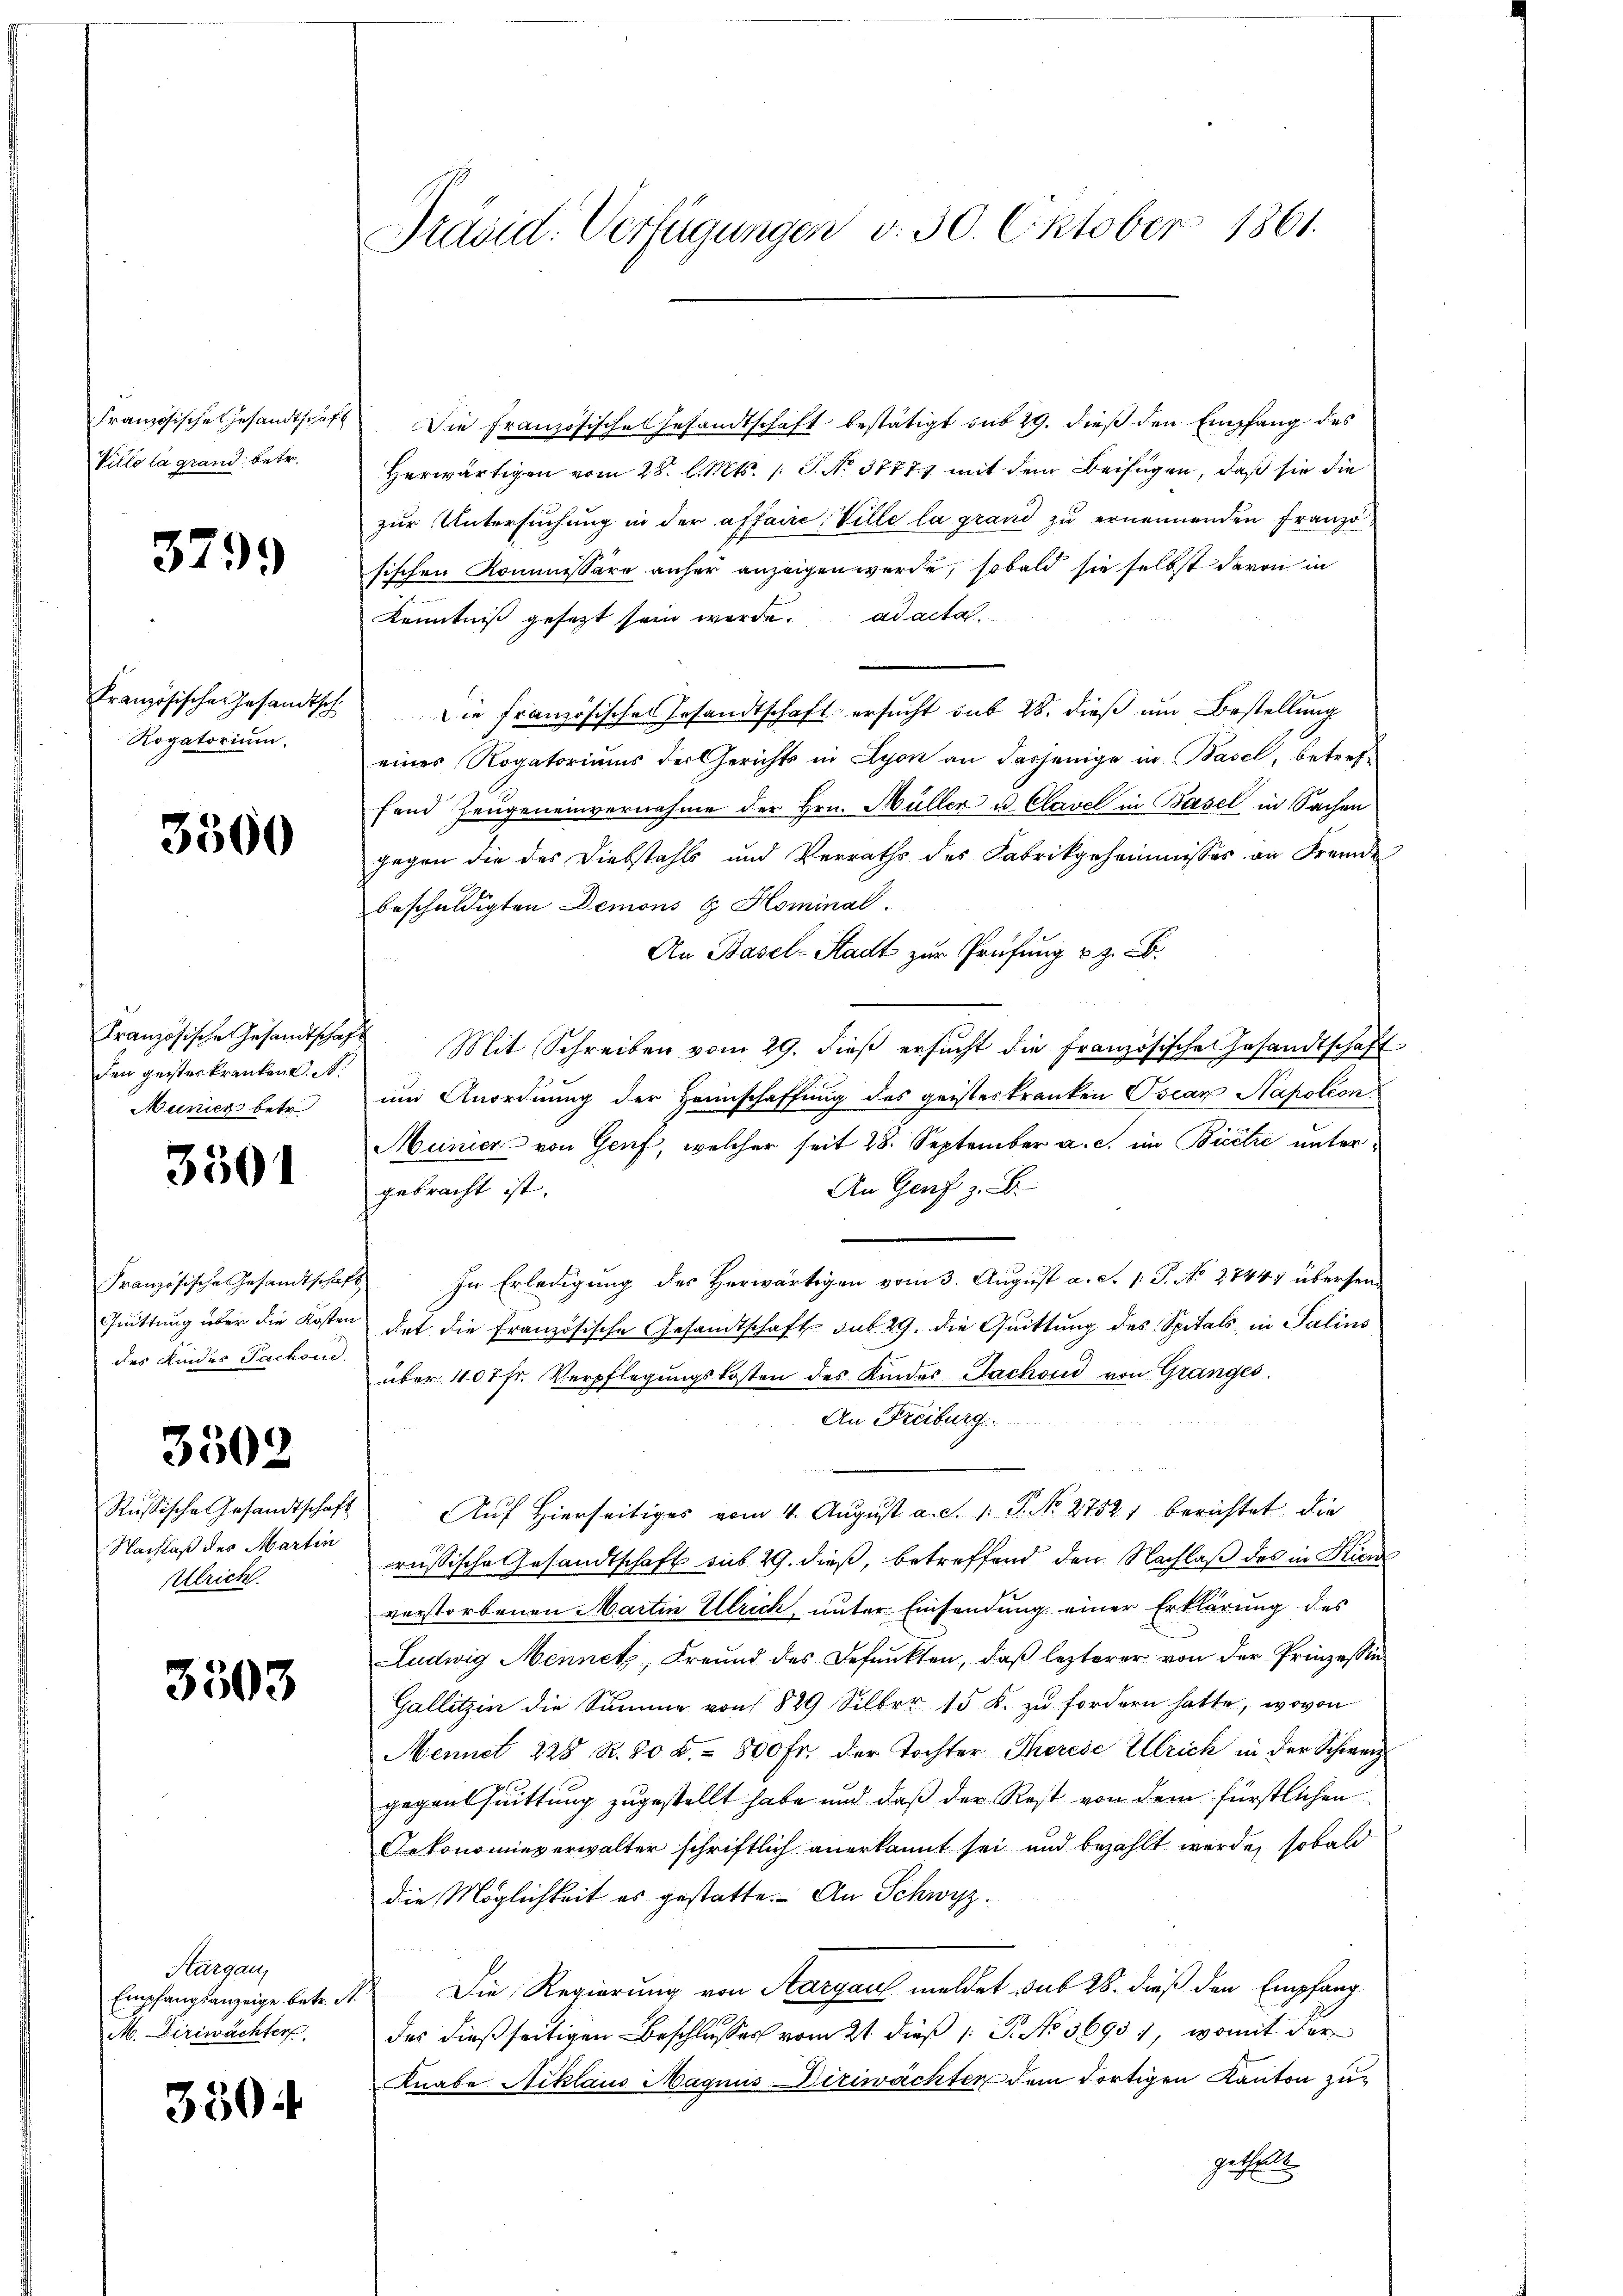
Französische Gesandtschaft
Vitto la grand betr.

379.

Französische Gesandtsch.
Rogatorium.

3500

den geisterkranken. A.
Municz betr.

3301

Französische Gesandtschaf
des Kindes Sachen.

3502

Nachlaß des Martin
Ulrich.

3503

Thurgau,
M. Diriwächter

3504

Präsid. Verfügungen v. 30. Oktober 1861.

Die Französische Gesandtschaft bestätigt sub 29. dieß den Empfang des
Herwärtigen vom 28. l. Mts. 1 S. No. 3777) mit dem Beifügen, daß sie die
zur Untersuchung in der affaire, Ville la grand zu ernennenden Französischen Kommissäre anher anzeigen werde, sobald sie selbst davon in
Kenntniß gesetzt sein werde. ad acta
Die Französisches Gesandtschaft ersucht sub 28. dieß um Bestellung
eines Rogatoriums der Gerichts in Lyon an dasjenige in Basel, betreffand Zeugeneinvernahme der Hrn. Müller u. Clavel in Basel in Sachen
gegen die des Diebstahls und Verraths des Fabrikgeheimnisses an Fremde
beschuldigten Demons & Hominal
An Basel-Stadt zur Prüfung u. z. B.
Französische Gesandtschaft Mit Schreiben vom 29. dieβ ersŭcht die Französische Gesandtschaft
und Anordnung der Heimschaffung des geisteskranken Oscar Napoléon
Municar von Genf, welcher seit 28. September a. c. im Bicilie unter¬
An Genf z. B.
gebracht ist.
h
In Erledigung des Herwärtigen vom 3. August a. c. 1. P. No 27447 übersend
Quittung über die Kosten dat die Französische Gesandtschaft sub. 29. die Quittung des Spitals in Salins
über 400fr. Verpflegŭngskosten des Kinder Sachen von Granges.
An Freiburg
Rŭsische Gesandtschaft aŭf hierseitiges vom 4. Aŭgŭst a. S. 1. P. No. 2752) berichtet die
russische Gesandtschaft sub 29. dieß, betreffend den Nachlaß des in Kind
verstorbenen Martin Ulrich, unter Einsendung einer Erklärung des
Ludwig Mennetz, Freund des Befunkten, daß lezterer von der Prinzession
Gallitzin die Summe von 829 Silber 15 K. zu fordern hatte, wovon
Mennet 228 R. 80 2.- 800 fr. der Tochter Thereie Ulrich in der Schweiz
gegenthuittung zugestellt habe und daß der Rest von dem fürstlichen
Oekonomieverwalter schriftlich anerkannt sei und bezahlt werde, sobald
die Möglichkeit es gestatte. An Schwyz.
Empfangsanzeige betr. A. Die Regierung von Aargau meldet sub 28. dieß den Empfang
das dießseitigen Beschlusses vom 21. dieß (: P. No 5695), womit der
Knabe Niklaus Magnis Diriwächten dem dortigen Kanton zugetheilt.